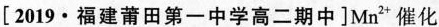
[2019 · 福建莆田第一中学高二期中]Mn^{2+}催化